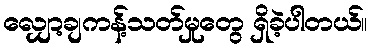
လျှော့ချကန့်သတ်မှုတွေ ရှိခဲ့ပါတယ်။